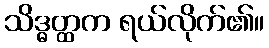
သိဒ္ဓတ္ထက ရယ်လိုက်၏။